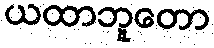
ယထာဘူတော